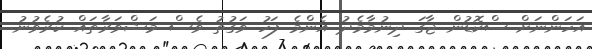
އަހަންނަށް ސްކޮޑުން ޖާގަ ދިނުމާމެދު އެންމެ ފަހު ވަގުތު ވެސް މަޝްވަރާތައް ކުރެވުނު.